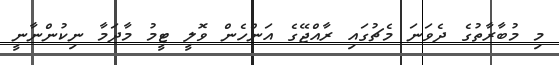
މި މުބާރާތުގެ ދެވަނަ މެޗުގައި ރާއްޖޭގެ އަންހެން ވޮލީ ޓީމު މާދަމާ ނިކުންނާނީ